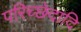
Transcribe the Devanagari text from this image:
परिच्छेदादि